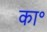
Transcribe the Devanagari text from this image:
का॰